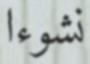
نشوءا